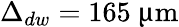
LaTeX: \Delta_{dw}=165~\upmu\textrm{m}